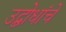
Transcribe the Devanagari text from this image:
उद्बोधांचे